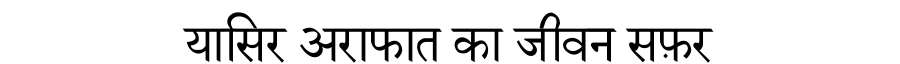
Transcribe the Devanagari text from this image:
यासिर अराफात का जीवन सफ़र